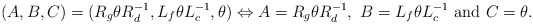
\begin{align*}(A,B,C)=(R_g\theta R_d^{-1},L_f\theta L_c^{-1},\theta)\Leftrightarrow A=R_g\theta R_d^{-1},~B=L_f\theta L_c^{-1}~\textrm{and}~C=\theta.\end{align*}